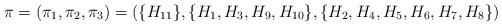
LaTeX: \begin{align*}\pi = (\pi_1, \pi_2, \pi_3) = (\{H_{11}\}, \{H_1,H_3, H_9, H_{10}\}, \{H_2, H_4, H_5, H_6, H_7, H_8\})\end{align*}